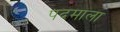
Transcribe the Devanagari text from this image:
पदमाला